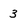
Character: 3